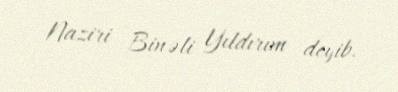
Naziri Binəli Yıldırım deyib.